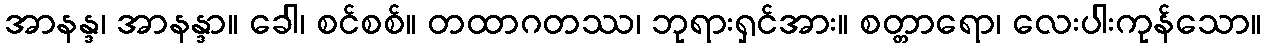
အာနန္ဒ၊ အာနန္ဒာ။ ခေါ၊ စင်စစ်။ တထာဂတဿ၊ ဘုရားရှင်အား။ စတ္တာရော၊ လေးပါးကုန်သော။